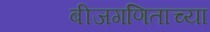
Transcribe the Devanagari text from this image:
बीजगणिताच्या